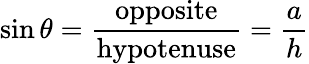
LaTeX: \sin\theta={\frac{\mathrm{opposite}}{\mathrm{hypotenuse}}}={\frac{a}{h}}